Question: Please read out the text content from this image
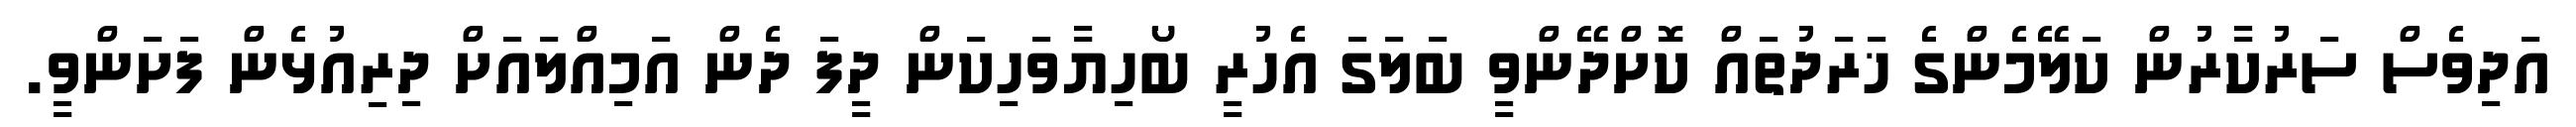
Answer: އަދިވެސް ސަރުކާރުން ކަލޭމެންގެ ޚަރަދުތައް ކޮށްދޭންވީ ބަލަގަ އެހުރީ ބޯހިޔާވަހިކަން ދީފަ ދެން އަމިއްލައަށް ދިރިއުޅެން ފަށަންވީ.